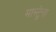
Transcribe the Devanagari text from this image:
मास्ट्रेना